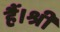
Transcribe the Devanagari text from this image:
हैं।श्री